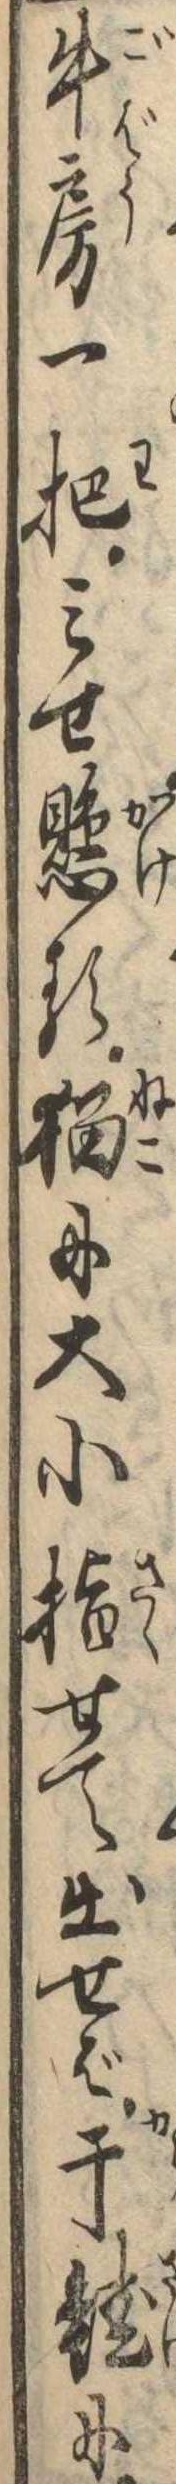
牛房一把みせ懸る猫に大小指せて出せば干鮭に